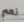
نعم